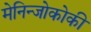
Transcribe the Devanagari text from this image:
मेनिन्जोकोकी